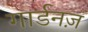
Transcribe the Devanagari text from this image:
गार्डनज़